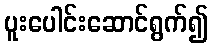
ပူးပေါင်းဆောင်ရွက်၍